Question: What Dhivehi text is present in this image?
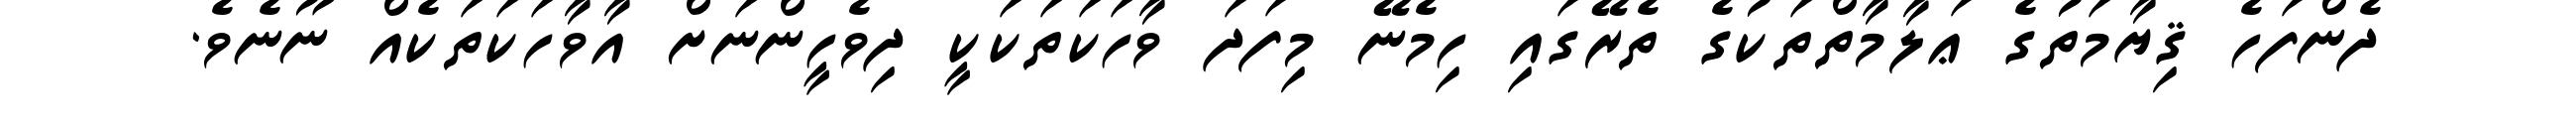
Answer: ދެންފަހެ ޤިޔާމަތުގެ ޢަލާމާތްތަކުގެ ތެރޭގައި ހިމެނޭ މިފަދަ ވާހަކަތަކަކީ ދިވެހީންނަށް އާވާހަކަތަކެއް ނޫނެވެ.